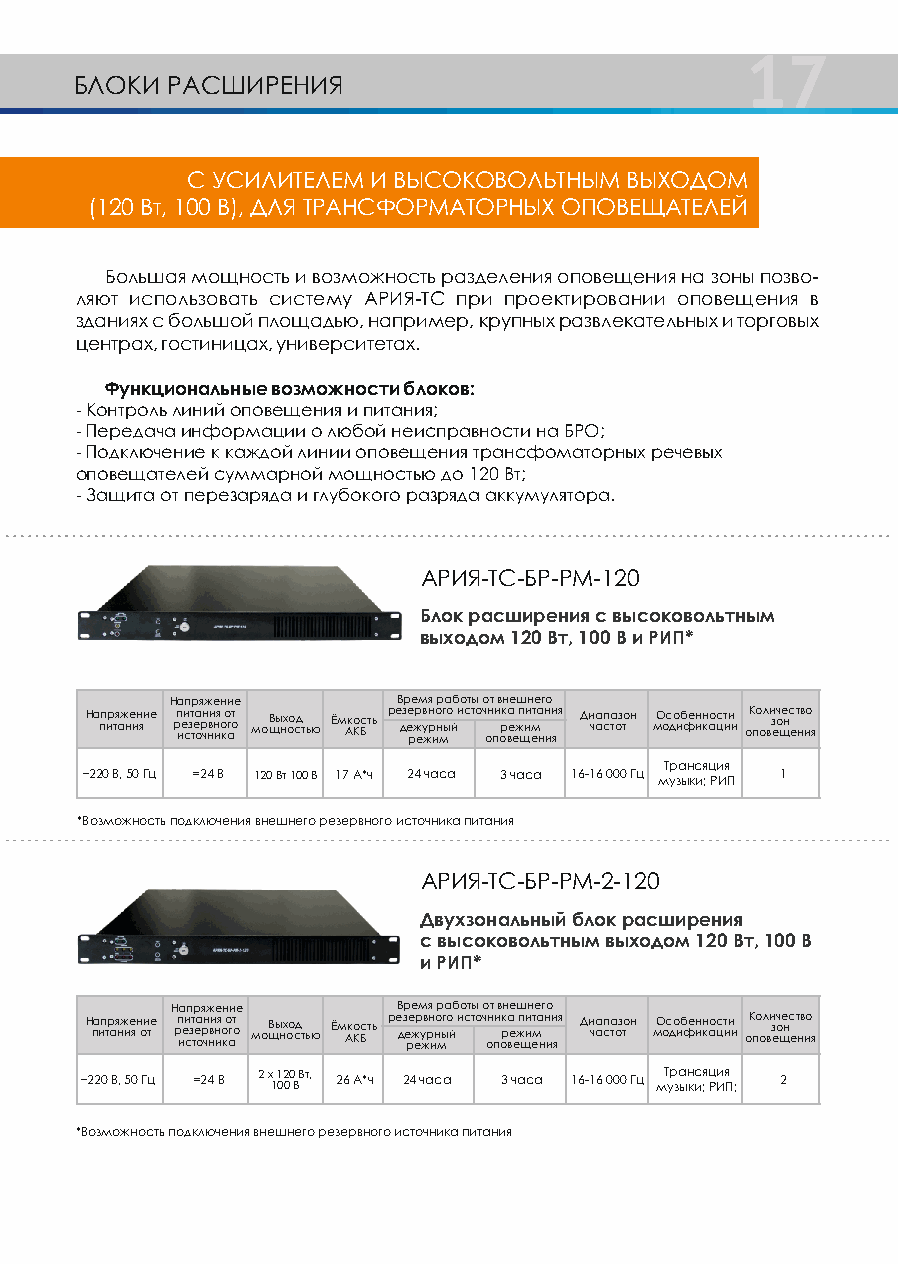
17
 БЛОКИ РАСШИРЕНИЯ
 С УСИЛИТЕЛЕМ И ВЫСОКОВОЛЬТНЫМ ВЫХОДОМ
 (120 Вт, 100 В), ДЛЯ ТРАНСФОРМАТОРНЫХ ОПОВЕЩАТЕЛЕЙ
 Большая мощность и возможность разделения оповещения на зоны позво-
 ляют использовать систему АРИЯ-ТС при проектировании оповещения в
 зданиях с большой площадью, например, крупных развлекательных и торговых
 центрах, гостиницах, университетах.
 Функциональные возможности блоков:
 - Контроль линий оповещения и питания;
 - Передача информации о любой неисправности на БРО;
 - Подключение к каждой линии оповещения трансфоматорных речевых
 оповещателей суммарной мощностью до 120 Вт;
 - Защита от перезаряда и глубокого разряда аккумулятора.
 АРИЯ-ТС-БР-РМ-120
 Блок расширения с высоковольтным
 выходом 120 Вт, 100 В и РИП*
 Напряжение     Время работы от внешнего
 На пп ир тя аж не ин яи е рп иеи сзт теа орн чв ни н ия о ко агт о мощВы нх оо сд тью Ём Ако КБсть ре дз ее ржр ев у жн р ио н мг ыо й источ он пи орк ва е е жп щии емта нн ии яя Ди чаа спа тоз тон мО ос до иб фен ин ко ас цт ии и оК по ол ви з еч о ще нс е т н в и о я
 Трансяция
 ~220 В, 50 Гц =24 В 120 Вт 100 В 17 А*ч 24 часа 3 часа 16-16 000 Гц музыки; РИП 1
 *Возможность подключения внешнего резервного источника питания
 АРИЯ-ТС-БР-РМ-2-120
 Двухзональный блок расширения
 с высоковольтным выходом 120 Вт, 100 В
 и РИП*
 Напряжение     Время работы от внешнего
 Н па ип тр ая нж ие я н ои те рп иеи сзт теа орн чв ни н ия о ко агт о мощВы нх оо сд тью Ём Ако КБсть ре дз е ре ж ер у жв рн ино мыго й источ он пи орка ве е жп щии емта нн ии яя Ди чаа спа тоз тон мО ос до иб фен ин ко ас цт ии и оК по ол ви з еч о ще нс е т н в и о я
 ~220 В, 50 Гц =24 В 2 х 1 1 02 00 В Вт, 26 А*ч 24 часа 3 часа 16-16 000 Гц мТ ур за ын кис ;я ц Ри Ия П; 2
 *Возможность подключения внешнего резервного источника питания